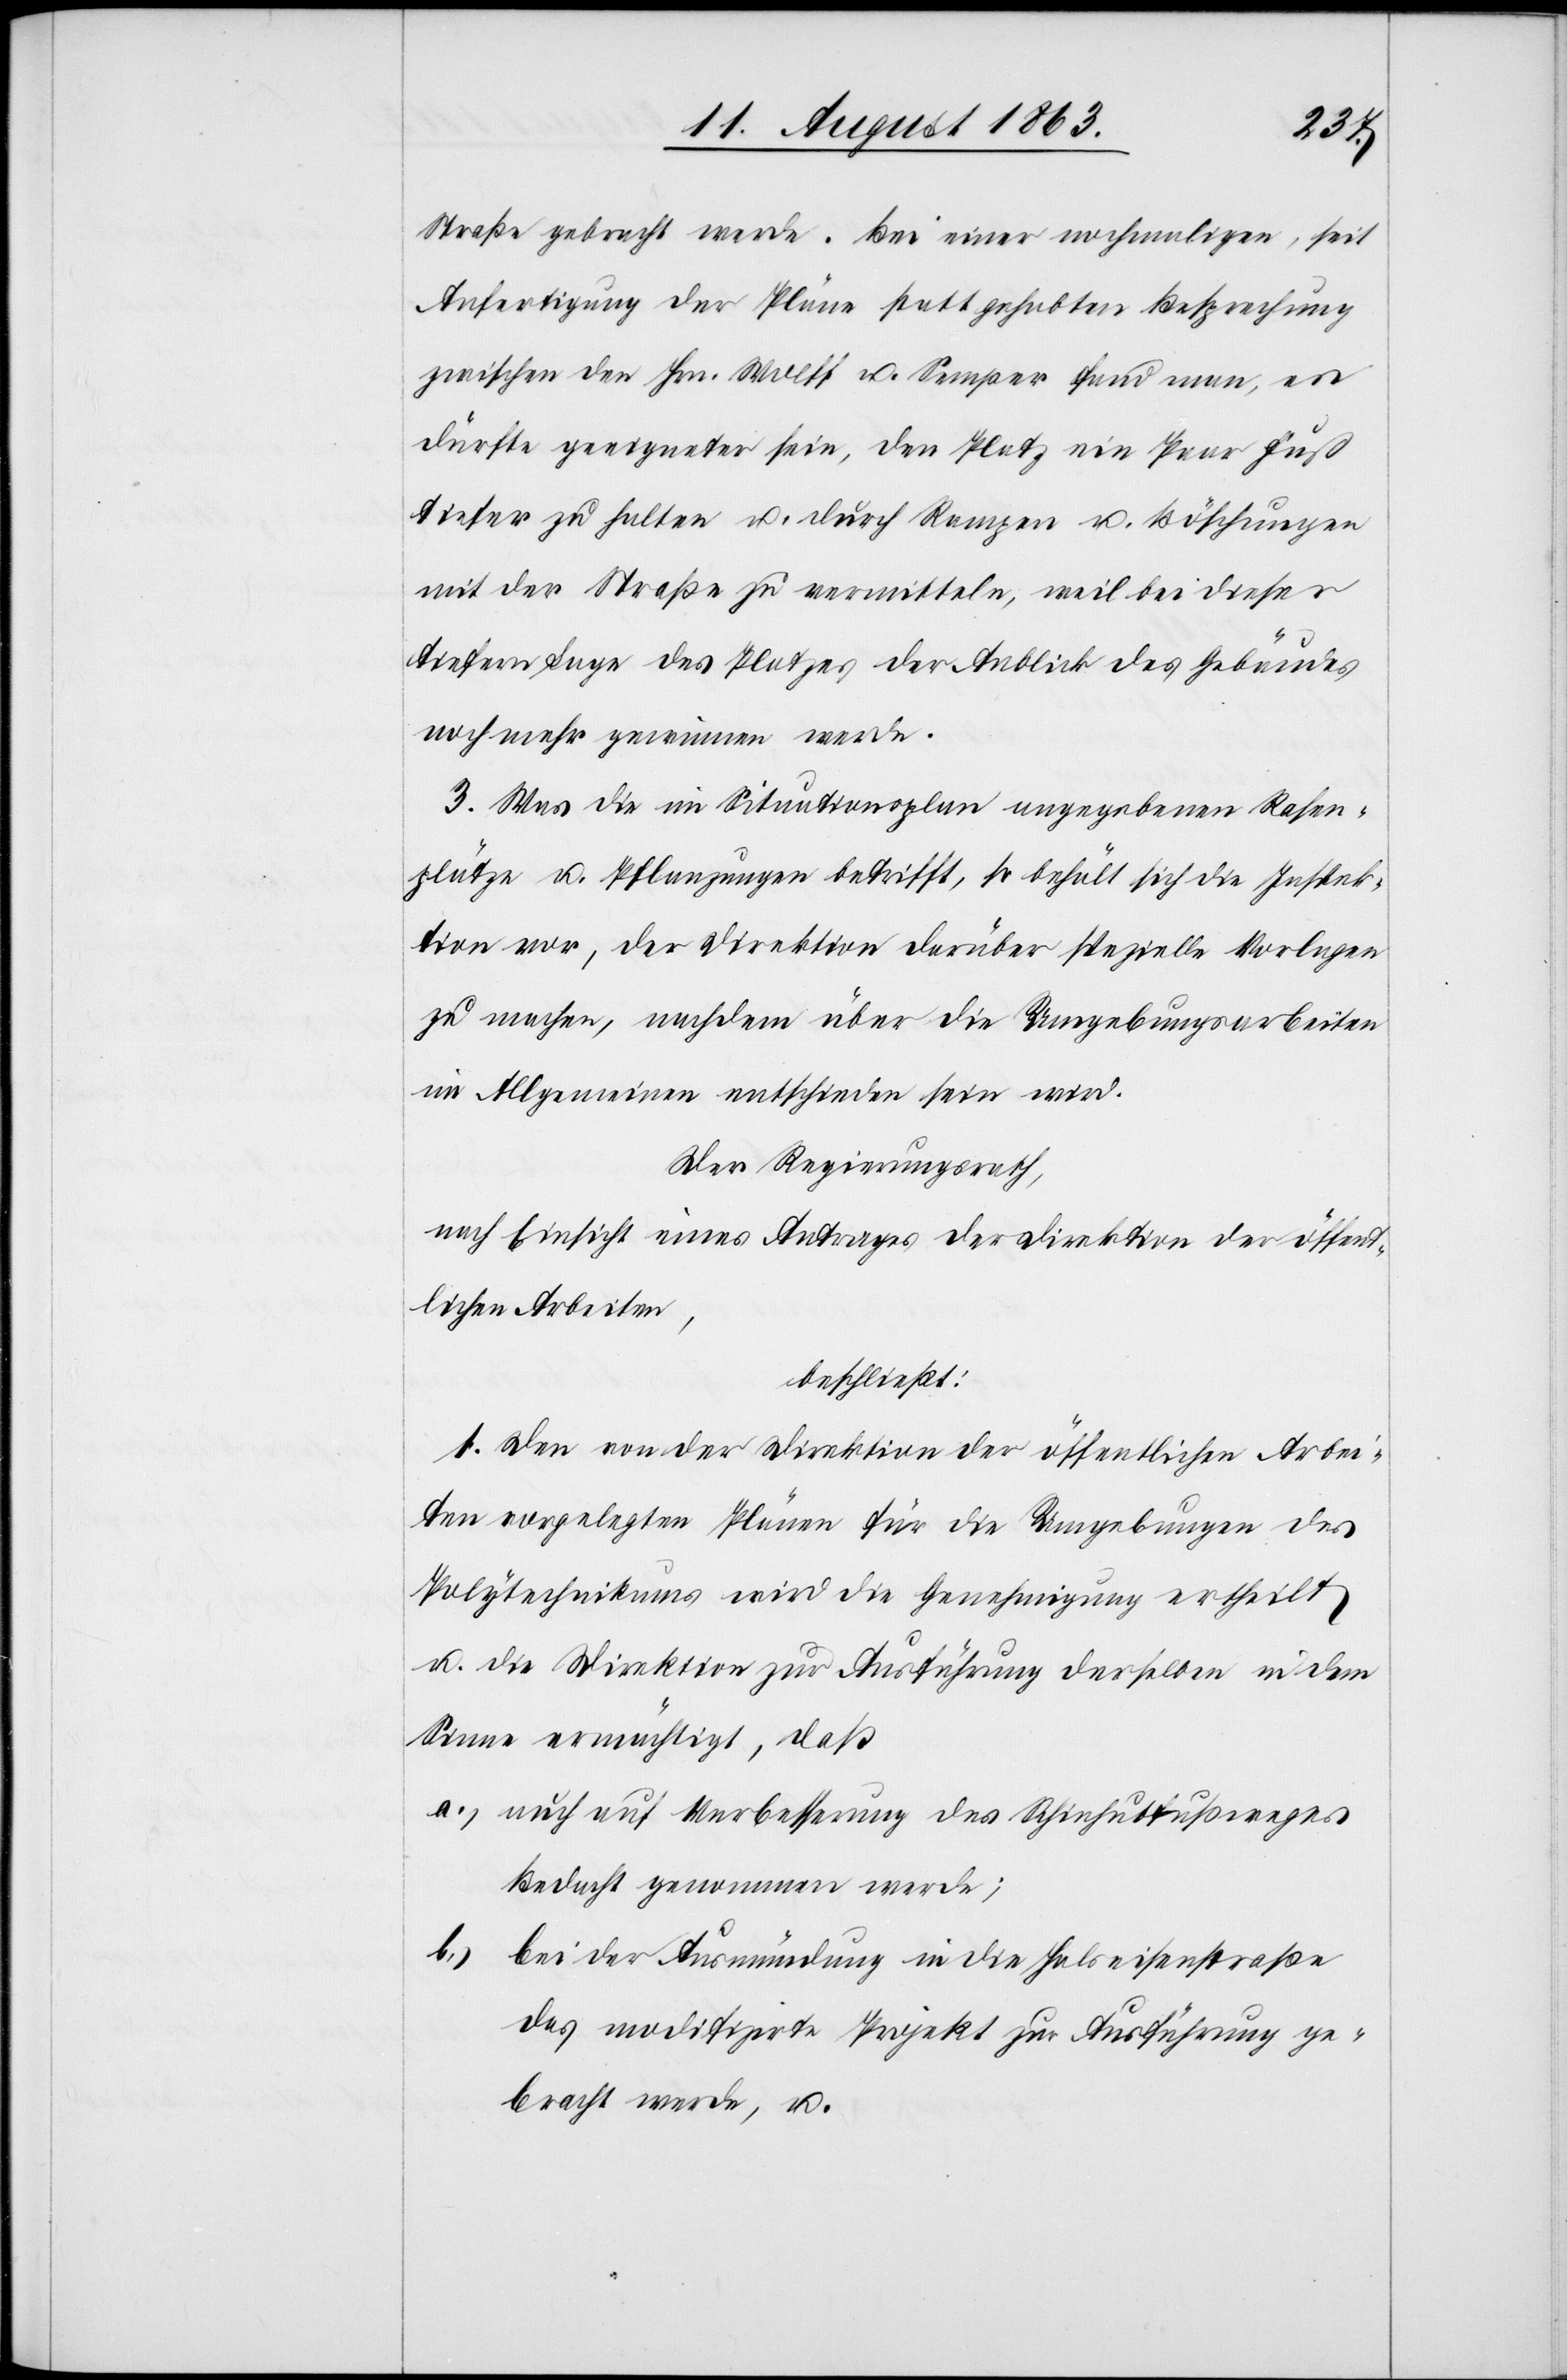
Straße gebracht werde. Bei einer nochmaligen, seit
Anfertigung der Pläne stattgehabten Besprechung
zwischen den Hrn. Wolff u. Semper fand man, es
dürfte geeigneter sein, den Platz ein Paar Fuß
tiefer zu halten u. durch Rampen u. Böschungen
mit der Straße zu vermitteln, weil bei dieser
tiefern Lage des Platzes der Anblick des Gebäudes
noch mehr gewinnen werde.
3. Was die im Situationsplan angegebenen Rasen¬
plätze u. Pflanzungen betrifft, so behält sich die Inspek¬
tion vor, der Direktion darüber spezielle Vorlagen
zu machen, nachdem über die Umgebungsarbeiten
im Allgemeinen entschieden sein wird.
Der Regierungsrath,
nach Einsicht eines Antrages der Direktion der öffent¬
lichen Arbeiten,
beschließt:
1. Den von der Direktion der öffentlichen Arbei¬
ten vorgelegten Plänen für die Umgebungen des
Polytechnikums wird die Genehmigung ertheilt
u. die Direktion zur Ausführung derselben in dem
Sinne ermächtigt, daß
a.) auch auf Verbesserung des Schinhutfußweges
Bedacht genommen werde;
b.) bei der Ausmündung in die Halseisenstraße
das modifizirte Projekt zur Ausführung ge¬
bracht werde, u.